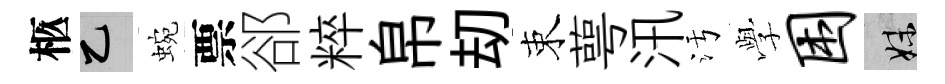
柩乙蜿票郤粹帛刧束萼汛污𫝯困妹